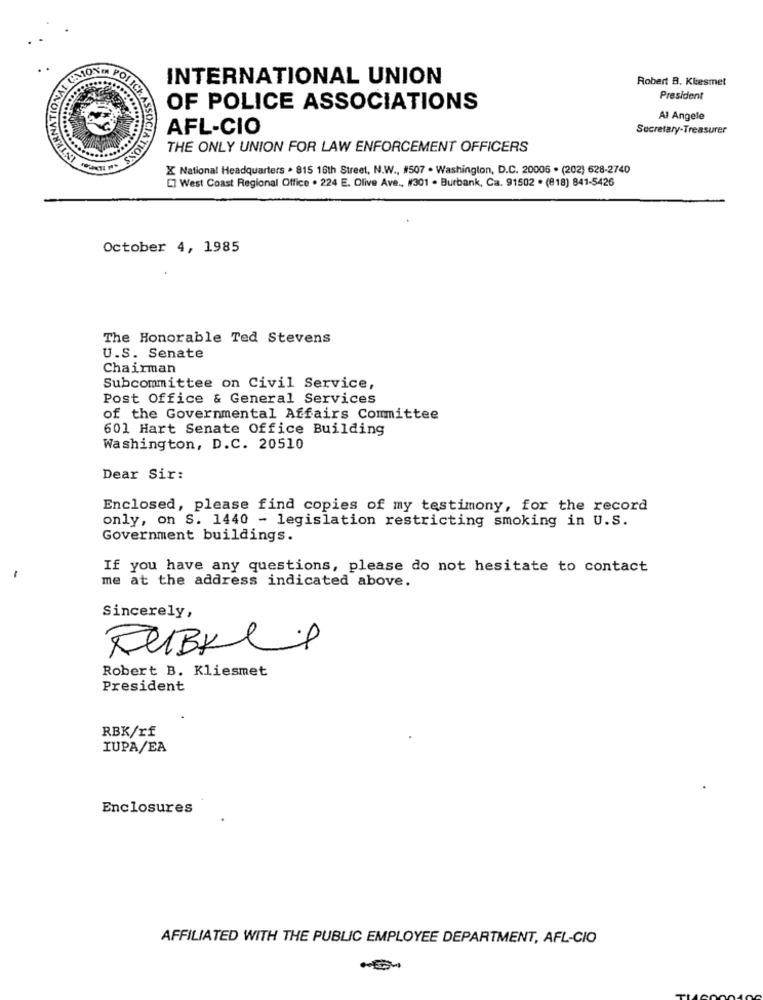
..
CANTON IN POI
INTERNATIONAL UNION
Robert B. Kkesmet
NATIO
President
OF POLICE ASSOCIATIONS
Al Angele
AFL-CIO
Secretary-Treasurer
SOCIA
THE ONLY UNION FOR LAW ENFORCEMENT OFFICERS
X National Headquarters . 815 16th Street, N.W ., #507 . Washington, D.C. 20005 . (202) 628-2740
[] West Coast Regional Office . 224 E. Olive Ave ., #301 . Burbank, Ca. 91502 . (818) 841-5426
October 4, 1985
The Honorable Ted Stevens
U.S. Senate
Chairman
Subcommittee on Civil Service,
Post Office & General Services
of the Governmental Affairs Committee
601 Hart Senate Office Building
Washington, D.C. 20510
Dear Sir:
Enclosed, please find copies of my testimony, for the record
only, on S. 1440 - legislation restricting smoking in U.S.
Government buildings.
If you have any questions, please do not hesitate to contact
-
me at the address indicated above.
Sincerely,
Robert B. Kliesmet
President
RBK/rf
IUPA/EA
Enclosures
AFFILIATED WITH THE PUBLIC EMPLOYEE DEPARTMENT, AFL-CIO